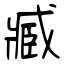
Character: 臧